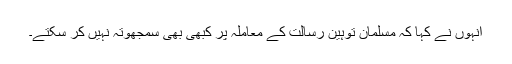
انہوں نے کہا کہ مسلمان توہین رسالت کے معاملہ پر کبھی بھی سمجھوتہ نہیں کر سکتے۔